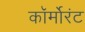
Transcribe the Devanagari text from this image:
कॉर्मोरंट